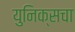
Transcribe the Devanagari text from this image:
युनिक्सचा